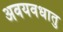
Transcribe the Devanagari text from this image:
अवयवधातु